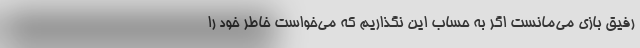
رفیق بازی می‌مانست اگر به حساب این نگذاریم که می‌خواست خاطر خود را